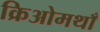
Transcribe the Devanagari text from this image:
क्रिओमथाँ